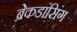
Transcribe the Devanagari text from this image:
ब्रेकडांसिंग